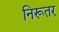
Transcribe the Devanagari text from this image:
निरूतर